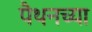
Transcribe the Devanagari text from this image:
पैथनच्या